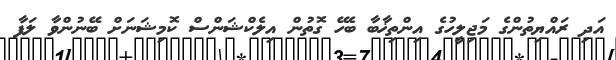
އަދި ރައްޔިތުންގެ މަޖިލީހުގެ އިންތިޚާބާ ބެހޭ ގޮތުން އިލެކްޝަންސް ކޮމިޝަނަށް ބޭނުންވާ ލަފާ